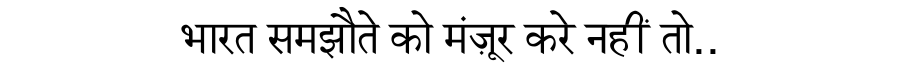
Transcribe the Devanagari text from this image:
भारत समझौते को मंज़ूर करे नहीं तो..